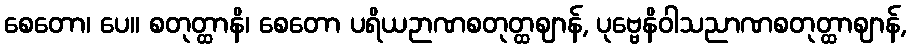
စေတော၊ ပေ။ စတုတ္ထာနိ၊ စေတော ပရိယဉာဏစတုတ္ထဈာန်, ပုဗ္ဗေနိဝါသညာဏစတုတ္ထာဈာန်,